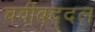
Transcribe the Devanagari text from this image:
चवीबद्दल